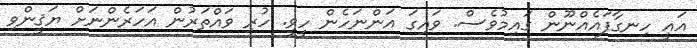
އައީ ހިނގާފައެއްނޫން ގައިމުވެސް. ވައިގަ އަންނަހެން ހީވީ. ހުރި ވައްތަރުން އަހަރެންނަށް ޔަޤީންވި